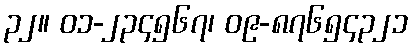
၃၂။ ၀၁-၂၃၄၅၆၇၊ ၀၉-၈၇၆၅၄၃၂၁